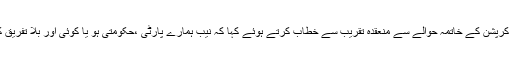
انہوں نے منگل کے روز فاتمہ جناح گرلز ڈگری کالج گلگت میں نیب کے زیر اہتمام کرپشن کے خاتمہ حوالے سے منعقدہ تقریب سے خطاب کرتے ہوئے کہا کہ نیب ہمارے پارٹی ،حکومتی ہو یا کوئی اور بلا تفریق کارروائی کرے اور ٹھوس ثبوت ملنے پر کارروائی کرے ہم ان کے ساتھ کھڑے ہیں۔